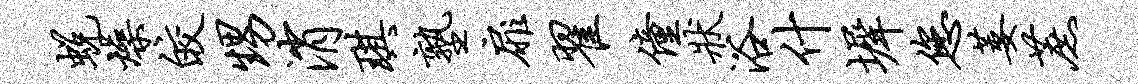
蜕燥皎甥消琪塾扉翟僮状浴什墀您萎蔗